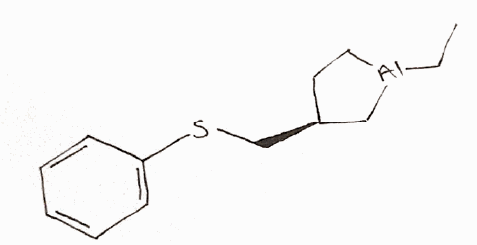
Simplified molecular-input line-entry system (SMILES) notation of the given molecule:
CC[Al]1CC[C@@H](C1)CSC2=CC=CC=C2